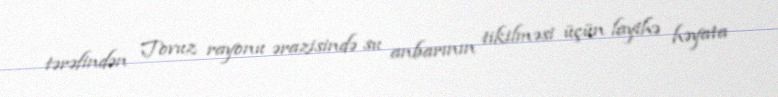
tərəfindən Tovuz rayonu ərazisində su anbarının tikilməsi üçün layihə həyata